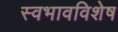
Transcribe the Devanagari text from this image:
स्वभावविशेष